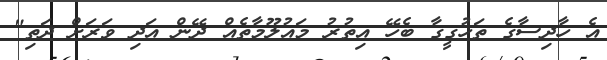
އެ ހާދިސާގެ ތަހުގީގާ ބެހޭ އިތުރު މައުލޫމާތެއް ދޭން އަދި ވަރަށް ދަތި"